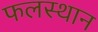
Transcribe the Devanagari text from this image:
फलस्थान